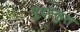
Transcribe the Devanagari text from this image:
पुरस्कुत